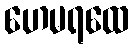
ဟေမရထေ